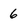
Character: 6